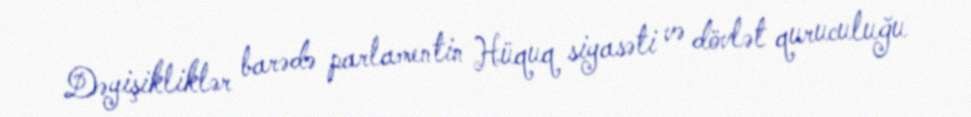
Dəyişikliklər barədə parlamentin Hüquq siyasəti və dövlət quruculuğu